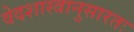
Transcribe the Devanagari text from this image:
वेदशास्त्रानुसारतः